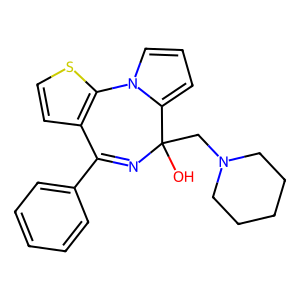
SMILES: OC1(CN2CCCCC2)N=C(c2ccccc2)c2ccsc2-n2cccc21
Inhibits HIV replication: No